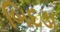
બિદડા